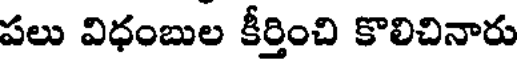
పలు విధంబుల కీర్తించి కొలిచినారు